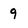
Character: 9